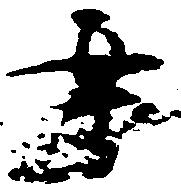
案